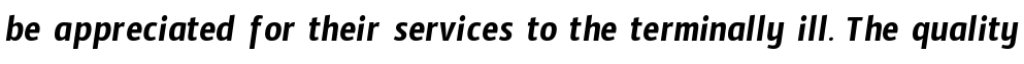
be appreciated for their services to the terminally ill. The quality